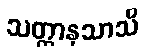
သတ္ထာနုသာသိ